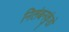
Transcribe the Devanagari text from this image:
निलंबनकुंडों